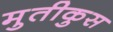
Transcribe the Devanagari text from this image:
मुतीकुस